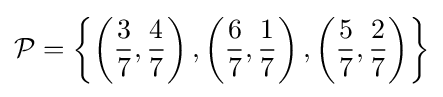
{\mathcal {P}}=\left\{\left({\frac {3}{7}},{\frac {4}{7}}\right),\left({\frac {6}{7}},{\frac {1}{7}}\right),\left({\frac {5}{7}},{\frac {2}{7}}\right)\right\rbrace